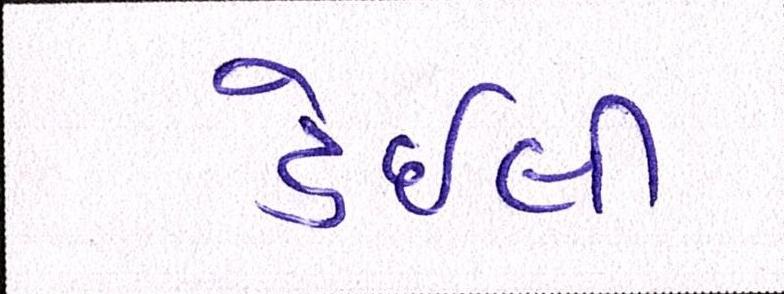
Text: ડેઇલી